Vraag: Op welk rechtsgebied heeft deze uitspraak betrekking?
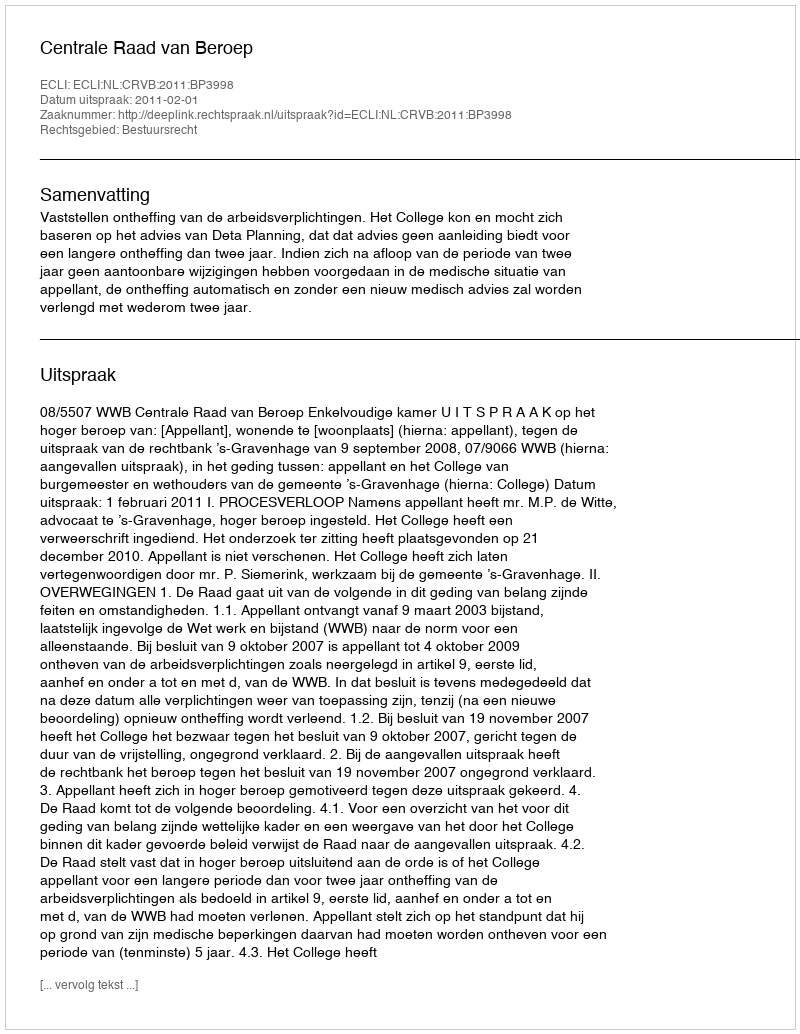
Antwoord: Bestuursrecht